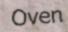
Oven